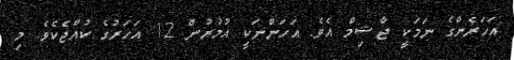
އަހަރެންގެ ނަމަކީ ޖާޝިމް އެވެ. އަހަންނަކީ އުމުރުން 12 އަހަރުގެ ކުއްޖެކެވެ. މި